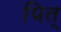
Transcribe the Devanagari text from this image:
पित्